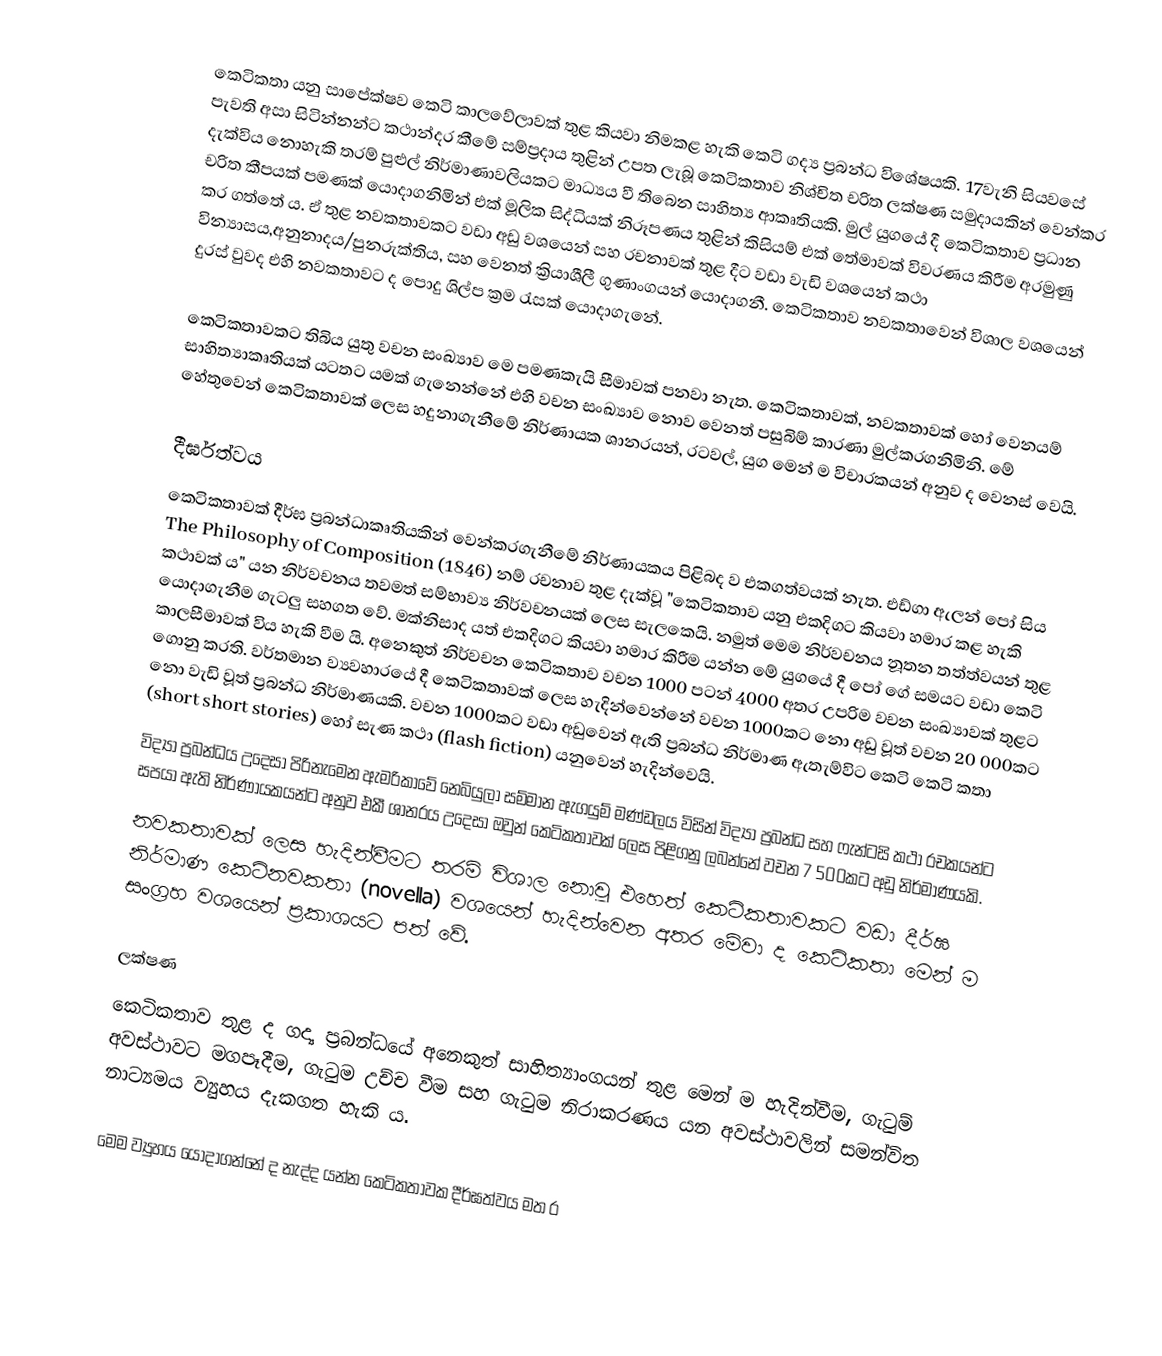
කෙටිකතා යනු සාපේක්ෂව කෙටි කාලවේලාවක් තුළ කියවා නිමකළ හැකි කෙටි ගද්‍ය ප්‍රබන්ධ විශේෂයකි. 17වැනි සියවසේ පැවති අසා සිටින්නන්ට කථාන්දර කීමේ සම්ප්‍රදාය තුළින් උපත ලැබූ කෙටිකතාව නිශ්චිත චරිත ලක්ෂණ සමුදායකින් වෙන්කර දැක්විය නොහැකි තරම් පුළුල් නිර්මාණාවලියකට මාධ්‍යය වී තිබෙන සාහිත්‍ය ආකෘතියකි. මුල් යුගයේ දී කෙටිකතාව ප්‍රධාන චරිත කීපයක් පමණක් යොදාගනිමින් එක් මූලික සිද්ධියක් නිරූපණය තුළින් කිසියම් එක් තේමාවක් විවරණය කිරීම අරමුණු කර ගත්තේ ය. ඒ තුළ නවකතාවකට වඩා අඩු වශයෙන් සහ රචනාවක් තුළ දීට වඩා වැඩි වශයෙන් කථා වින්‍යාසය,අනුනාදය/පුනරුක්තිය, සහ වෙනත් ක්‍රියාශීලී ගුණාංගයන් යොදාගනී. කෙටිකතාව නවකතාවෙන් විශාල වශයෙන් දුරස් වුවද එහි  නවකතාවට ද පොදු ශිල්ප ක්‍රම රැසක් යොදාගැනේ.

කෙටිකතාවකට තිබිය යුතු වචන සංඛ්‍යාව මෙ පමණකැයි සීමාවක් පනවා නැත. කෙටිකතාවක්, නවකතාවක් හෝ වෙනයම් සාහිත්‍යාකෘතියක් යටතට යමක් ගැනෙන්නේ එහි වචන සංඛ්‍යාව නොව වෙනත් පසුබිම් කාරණා මුල්කරගනිමිනි. මේ හේතුවෙන් කෙටිකතාවක් ලෙස හදුනාගැනීමේ නිර්ණායක ශානරයන්, රටවල්, යුග මෙන් ම විචාරකයන් අනුව ද වෙනස් වෙයි.

දීර්ඝත්වය
කෙටිකතාවක් දීර්ඝ ප්‍රබන්ධාකෘතියකින් වෙන්කරගැනීමේ නිර්ණායකය පිළිබද ව එකගත්වයක් නැත. එඩ්ගා ඇලන් පෝ සිය  The Philosophy of Composition (1846) නම් රචනාව තුළ දැක්වූ "කෙටිකතාව යනු එකදිගට කියවා හමාර කළ හැකි කථාවක් ය" යන නිර්වචනය තවමත් සම්භාව්‍ය නිර්වචනයක් ලෙස සැලකෙයි. නමුත් මෙම නිර්වචනය නූතන තත්ත්වයන් තුළ යොදාගැනීම ගැටලු සහගත වේ. මක්නිසාද යත් එකදිගට කියවා හමාර කිරීම යන්න මේ යුගයේ දී පෝ ගේ සමයට වඩා කෙටි කාලසීමාවක් විය හැකි වීම යි.  අනෙකුත් නිර්වචන කෙටිකතාව වචන 1000 පටන් 4000 අතර උපරිම වචන සංඛ්‍යාවක් තුළට ගොනු කරති. වර්තමාන ව්‍යවහාරයේ දී කෙටිකතාවක් ලෙස හැදින්වෙන්නේ වචන 1000කට නො අඩු වූත් වචන 20 000කට නො වැඩි වූත් ප්‍රබන්ධ නිර්මාණයකි. වචන 1000කට වඩා අඩුවෙන් ඇති ප්‍රබන්ධ නිර්මාණ ඇතැම්විට කෙටි කෙටි කතා (short short stories)  හෝ සැණ කථා (flash fiction) යනුවෙන් හැදින්වෙයි.
විද්‍යා ප්‍රබන්ධය උදෙසා පිරිනැමෙන ඇමරිකාවේ නෙබියුලා සම්මාන ඇගයුම් මණ්ඩලය විසින් විද්‍යා ප්‍රබන්ධ සහ ෆැන්ටසි කථා රචකයන්ට සපයා ඇති නිර්ණායකයන්ට අනුව එකී ශානරය උදෙසා ඔවුන් කෙටිකතාවක් ලෙස පිළිගනු ලබන්නේ වචන  7 500කට අඩු නිර්මාණයකි.
නවකතාවක් ලෙස හැදින්වීමට තරම් විශාල නොවූ එහෙත් කෙටිකතාවකට වඩා දීර්ඝ නිර්මාණ කෙටිනවකතා (novella) වශයෙන් හැදින්වෙන අතර මේවා ද කෙටිකතා මෙන් ම සංග්‍රහ වශයෙන් ප්‍රකාශයට පත් වේ.

ලක්ෂණ
කෙටිකතාව තුළ ද ගද්‍ය ප්‍රබන්ධයේ අනෙකුත් සාහිත්‍යාංගයන් තුළ මෙන් ම හැදින්වීම, ගැටුම් අවස්ථාවට මගපෑදීම, ගැටුම උච්ච වීම සහ ගැටුම නිරාකරණය යන අවස්ථාවලින් සමන්විත නාට්‍යමය ව්‍යුහය දැකගත හැකි ය.

මෙම ව්‍යුහය යොදාගන්නේ ද නැද්ද යන්න කෙටිකතාවක දීර්ඝත්වය මත ර